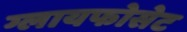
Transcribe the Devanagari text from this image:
ग्लायफोसेट